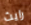
رايث